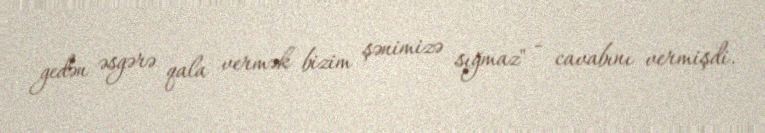
gedən əsgərə qala vermək bizim şənimizə sığmaz" - cavabını vermişdi.